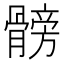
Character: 髈